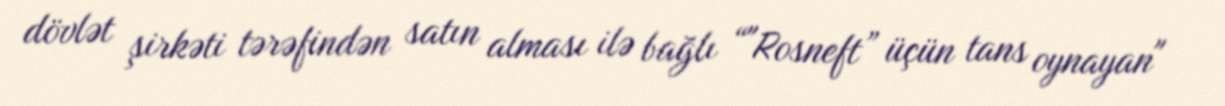
dövlət şirkəti tərəfindən satın alması ilə bağlı “"Rosneft” üçün tans oynayan"